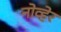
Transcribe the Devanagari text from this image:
नोव्हेर